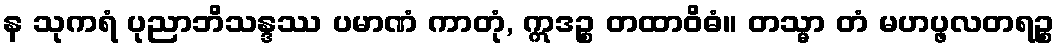
န သုကရံ ပုညာဘိသန္ဒဿ ပမာဏံ ကာတုံ, ဣဒဉ္စ တထာဝိဓံ။ တသ္မာ တံ မဟပ္ဖလတရဉ္စ